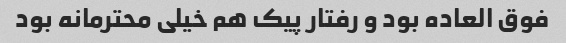
فوق العاده بود و رفتار پیک هم خیلی محترمانه بود